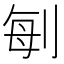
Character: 𠜮